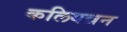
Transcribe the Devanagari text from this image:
कलियन्नन